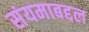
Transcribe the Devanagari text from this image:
संयमाबद्दल